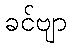
ခင်ဗျာ